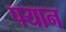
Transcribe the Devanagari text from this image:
पयान